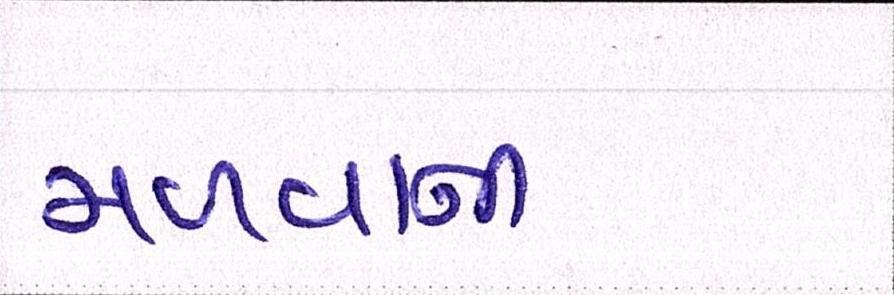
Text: મળવાની